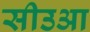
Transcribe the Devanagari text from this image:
सीउआ